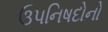
ઉપનિષદોનો